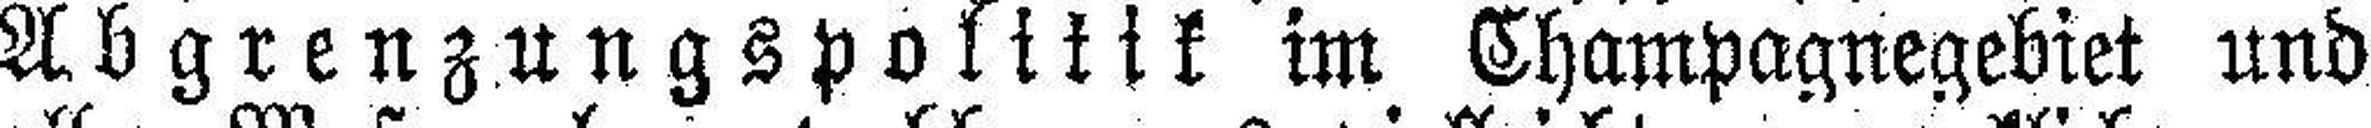
Abgrenzungspolitik im Champagnegebiet und